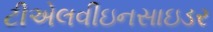
ટીએલવીઇનસાઇડર